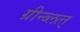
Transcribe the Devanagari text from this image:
ग्रीन्ब्लत्त्